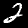
Digit: 2